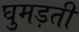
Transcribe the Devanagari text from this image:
घुमड़ती